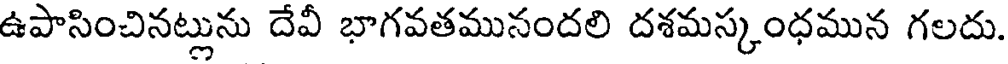
ఉపాసించినట్లును దేవీ భాగవతమునందలి దశమస్కంధమున గలదు.